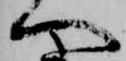
へ